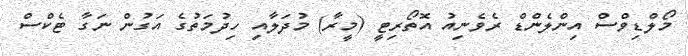
މޯލްޑިވްސް އިންލެންޑް ރެވެނިއު އޮތޯރިޓީ (މީރާ) މުދަލާއި ހިދުމަތުގެ އަގުން ނަގާ ޓެކްސް